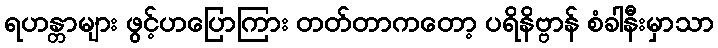
ရဟန္တာများ ဖွင့်ဟပြောကြား တတ်တာကတော့ ပရိနိဗ္ဗာန် စံခါနီးမှာသာ